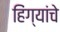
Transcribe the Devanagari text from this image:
हिंग्यांचे